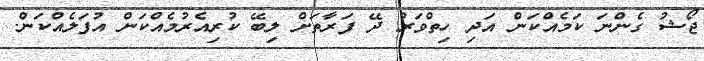
ޖޯޝު ގެންނަ ކަމެއްކަން އަދި ހިތްވަރު ދޭ ފަރާތަށް ލިބޭ ކުރިއެރުމެއްކަން އުފަލެއްކަން.